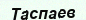
Таспаев